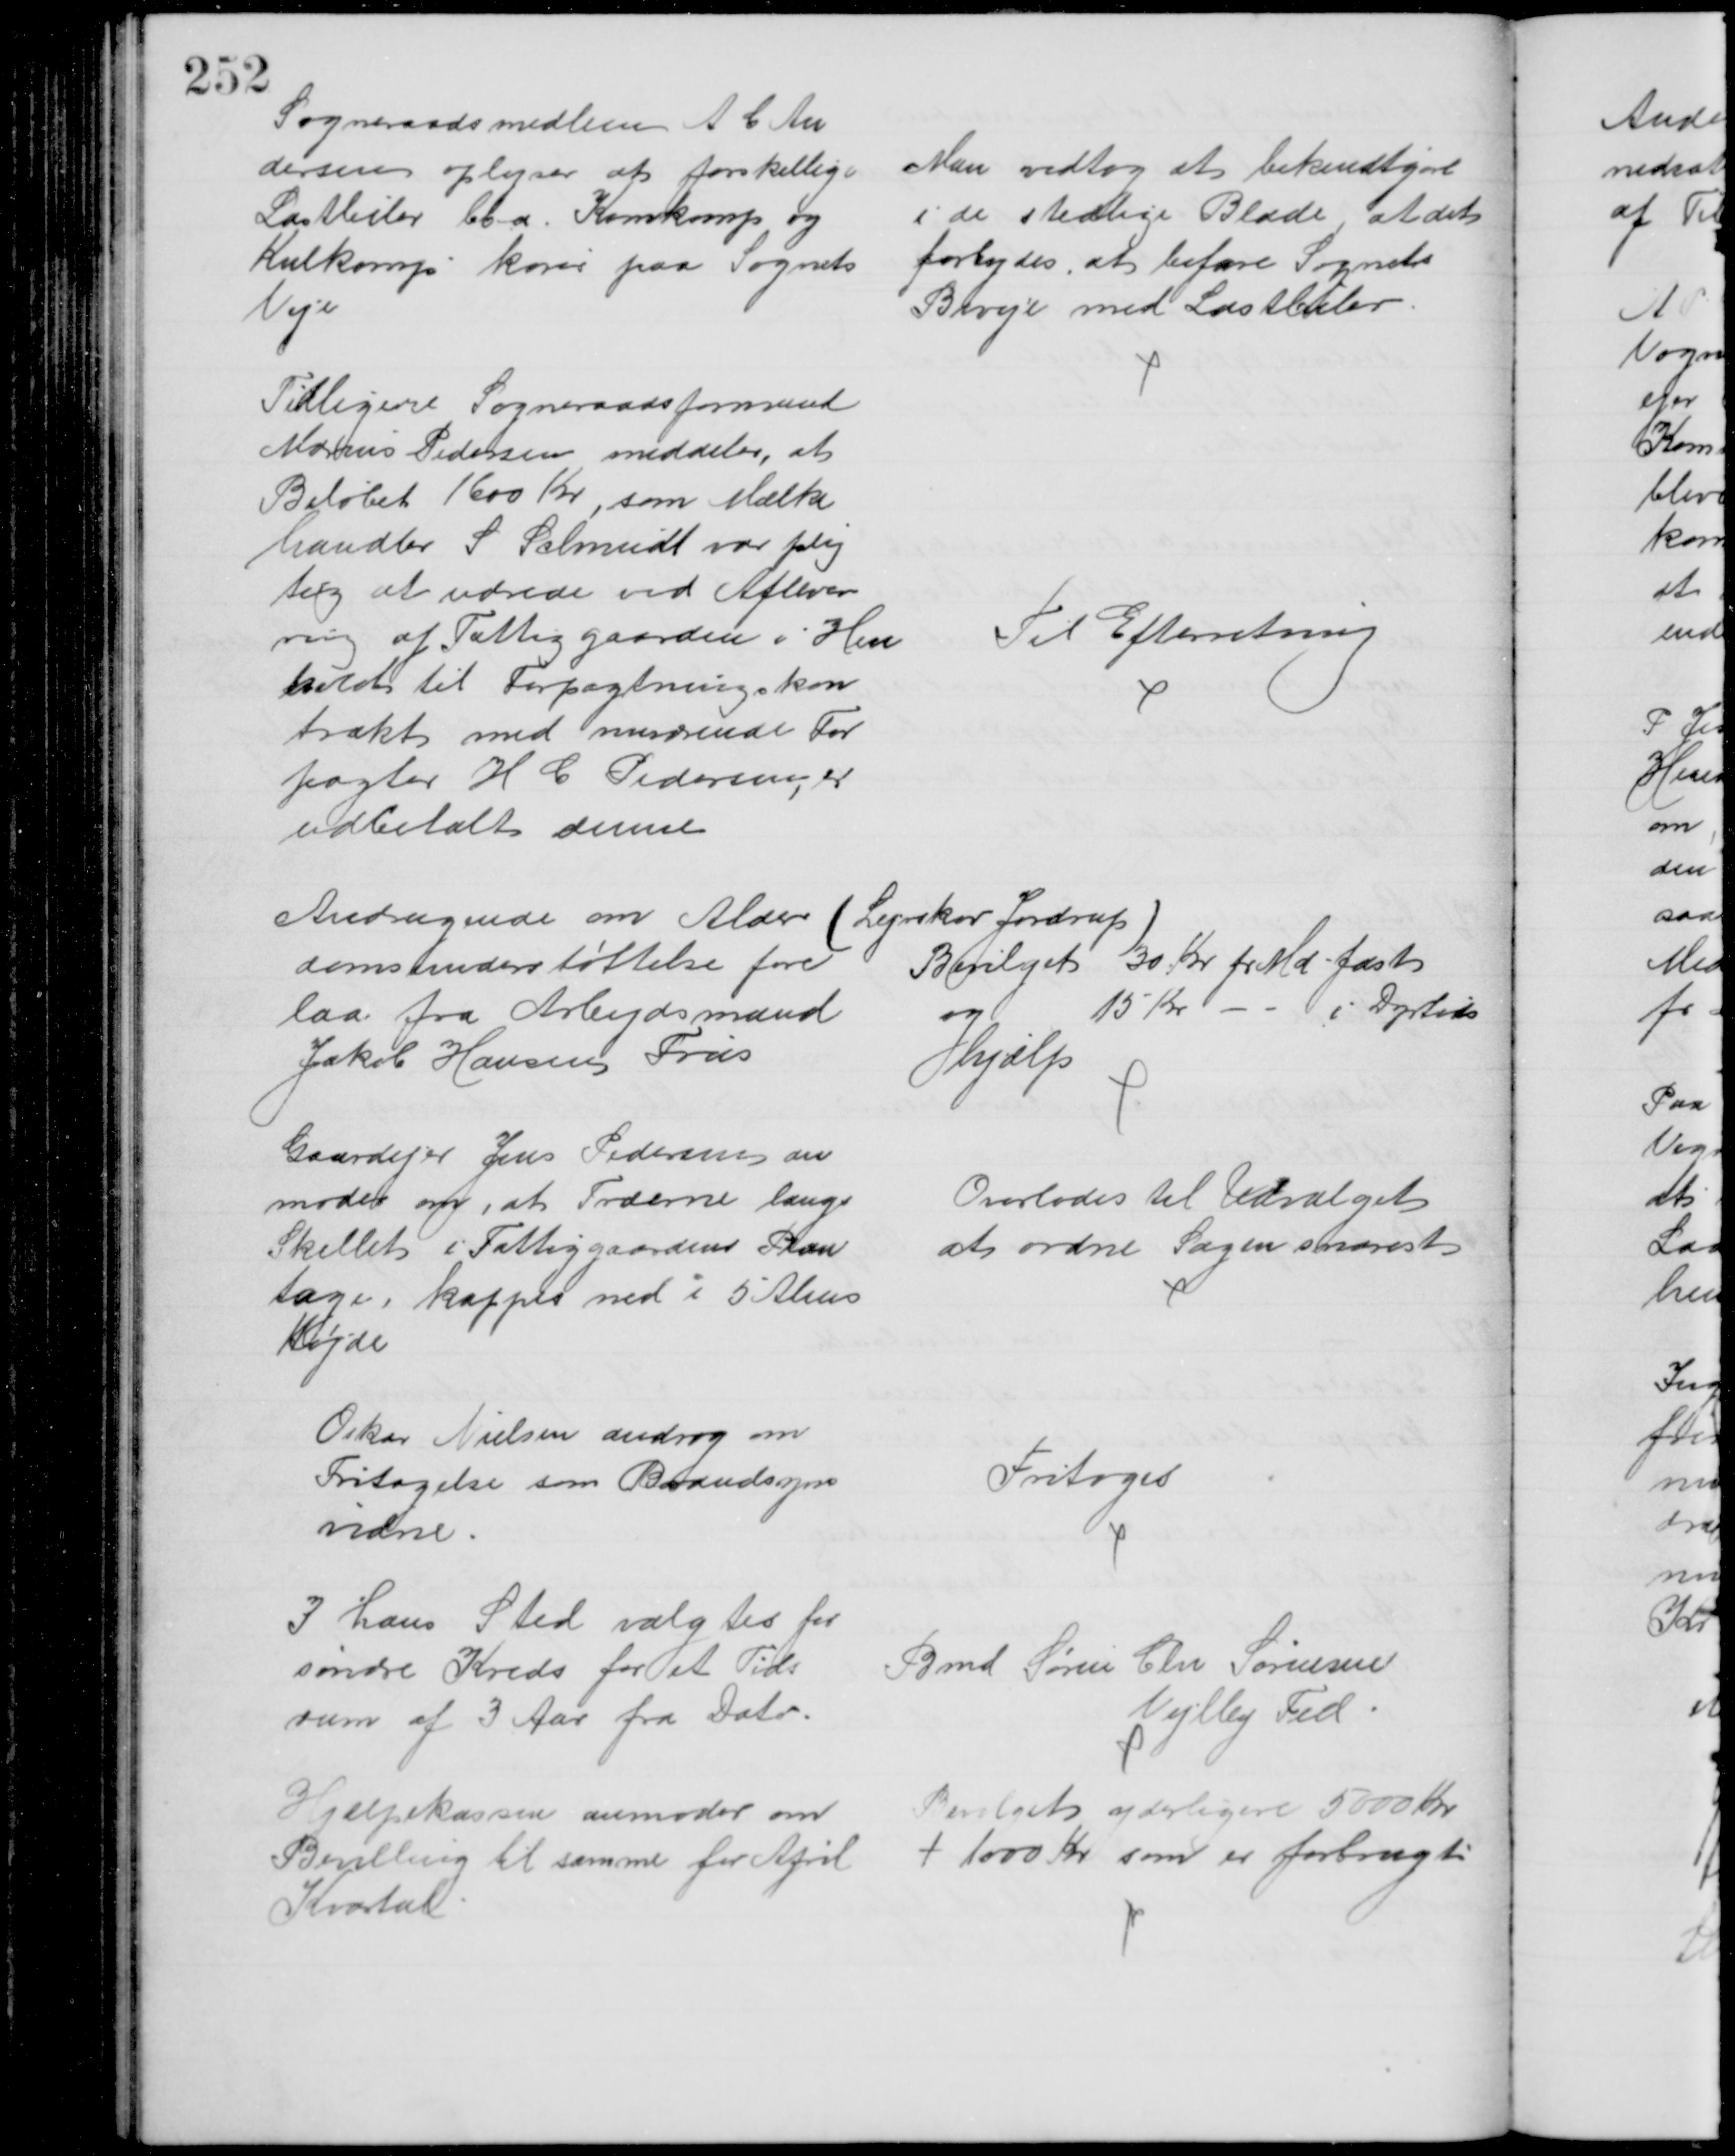
Transskription:
Sogneraadsmedlem A. C. An
dersen oplyser at forskellige
Lastbiler bl.a. Kornkomp og
Kulkomp køres paa Sognets
Veje
Man vedtog at bekendtgøre
i de stedlige Blade, at det
forbydes, at befare Sognets
Biveje med Lastbiler
Tidligere Sogneraadsformand
Marius Pedersen meddeler, at
Beløbet 1600 Kr, som Mælke
handler S. Schmidt var plig
tig at udrede ved Aflever
ring af Fattiggaarden i Hen
hold til Forpagtningskon
trakt med nuværende For
pagter H C Pedersen, er
udbetalt denne
Til Efterretning
Andragende om Alder 
domsunderstøttelse fore
laa fra Arbejdsmand
Jakob Hansen Friis
(Lejrskov Jordrup)
Bevilget 30 Kr pr Md fast
og
15 Kr
i Dyrtids
Hjælp
Gaardejer Jens Pedersen an
moder om, at Træerne langs
Skellet i Fattiggaardens Plan
tage, kappes ned i 5 Alens
Højde
Overlodes til Udvalget
at ordne Sagen snarest
Oskar Nielsen androg om
Fritagelse som Brandsyns
vidne
Fritoges
I hans Sted valgtes for
søndre Kreds for et Tids
rum af 3 Aar fra Dato.
Gmd Søren Chr Sørensen
Vejlby Fed
Hjælpekassen anmoder om
Bevilling til samme for April
Kvartal
Bevilget yderligere 5000 Kr
+ 1000 Kr som er forbrugt